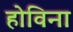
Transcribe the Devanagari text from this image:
होविना